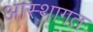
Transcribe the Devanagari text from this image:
आस्थागत